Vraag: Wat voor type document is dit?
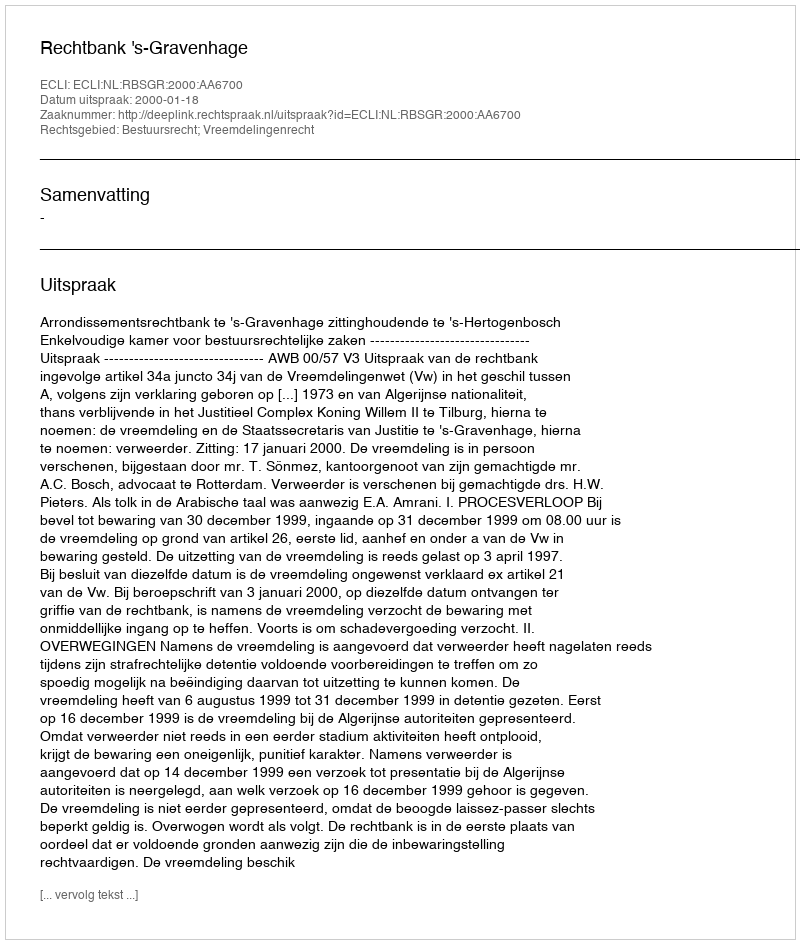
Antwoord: Uitspraak